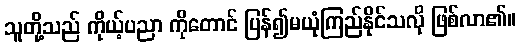
သူတို့သည် ကိုယ့်ပညာ ကိုတောင် ပြန်၍မယုံကြည်နိုင်သလို ဖြစ်လာ၏။